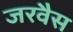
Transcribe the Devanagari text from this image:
जरवैस